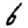
Digit: 6